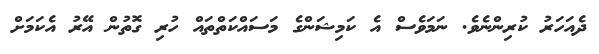
ދެއަހަރު ކުރިންނެވެ. ނަމަވެސް އެ ކަމިޝަންގެ މަސައްކަތްތައް ހުރި ގޮތުން އޭރު އެކަމަށް